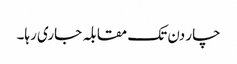
چار دن تک مقابلہ جاری رہا۔